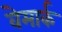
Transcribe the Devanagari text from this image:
वेमार्क